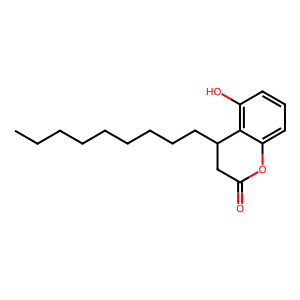
SMILES: CCCCCCCCCC1CC(=O)Oc2cccc(O)c21
Inhibits HIV replication: No